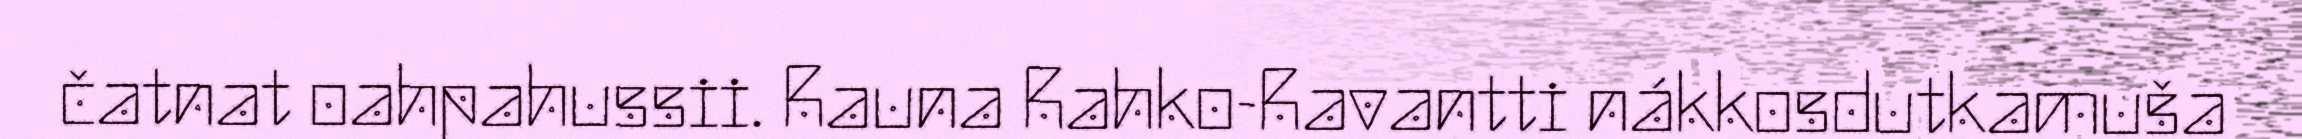
čatnat oahpahussii. Rauna Rahko-Ravantti nákkosdutkamuša